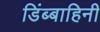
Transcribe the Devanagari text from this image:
डिंब्बाहिनी